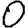
Digit: 0